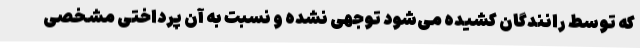
که توسط رانندگان کشیده می‌شود توجهی نشده و نسبت به آن پرداختی مشخصی